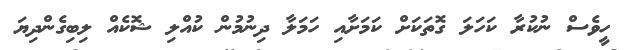
ހީވެސް ނުކުރާ ކަހަލަ ގޮތަކަށް ކަމަށާއި ހަމަލާ ދިނުމުން ކުއްލި ޝޮކެއް ލިބިގެންދިޔަ